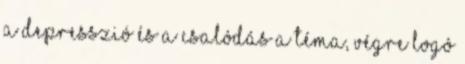
a depresszió és a csalódás a téma, végre logó